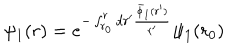
\psi _ { 1 } ( r ) = e ^ { - \int _ { r _ { 0 } } ^ { r } d r ^ { \prime } \frac { \bar { \phi } _ { 1 } ( r ^ { \prime } ) } { r ^ { \prime } } } \psi _ { 1 } ( r _ { 0 } )